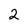
Character: 2